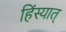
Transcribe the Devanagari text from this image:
हिंस्यात्‌